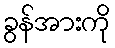
ခွန်အားကို